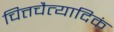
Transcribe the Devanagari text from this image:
चित्तचैत्यादिकं